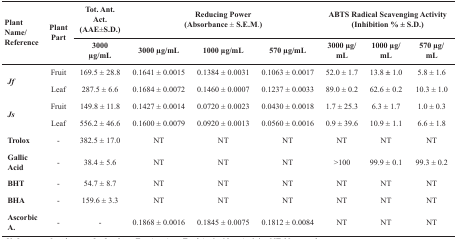
<table><thead><tr><td rowspan="2"><b>Plant Name/ Reference</b></td><td rowspan="2"><b>Plant Part</b></td><td><b>Tot. Ant. Act.(AAE ± S.D.)</b></td><td colspan="3"><b>Reducing Power(Absorbance ± S.E.M.)</b></td><td colspan="3"><b>ABTS Radical Scavenging Activity(Inhibition % ± S.D.)</b></td></tr><tr><td><b>3000 μg/mL</b></td><td><b>3000 μg/mL</b></td><td><b>1000 μg/mL</b></td><td><b>570 μg/mL</b></td><td><b>3000 μg/mL</b></td><td><b>1000 μg/mL</b></td><td><b>570 μg/mL</b></td></tr></thead><tbody><tr><td rowspan="2"><b><i>Jf</i></b></td><td>Fruit</td><td>169.5 ± 28.8</td><td>0.1641 ± 0.0015</td><td>0.1384 ± 0.0031</td><td>0.1063 ± 0.0017</td><td>52.0 ± 1.7</td><td>13.8 ± 1.0</td><td>5.8 ± 1.6</td></tr><tr><td>Leaf</td><td>287.5 ± 6.6</td><td>0.1684 ± 0.0072</td><td>0.1460 ± 0.0007</td><td>0.1237 ± 0.0033</td><td>89.0 ± 0.2</td><td>62.6 ± 0.2</td><td>10.3 ± 1.0</td></tr><tr><td rowspan="2"><b><i>Js</i></b></td><td>Fruit</td><td>149.8 ± 11.8</td><td>0.1427 ± 0.0014</td><td>0.0720 ± 0.0023</td><td>0.0430 ± 0.0018</td><td>25.3 ± 1.7</td><td>6.3 ± 1.7</td><td>1.0 ± 0.3</td></tr><tr><td>Leaf</td><td>556.2 ± 46.6</td><td>0.1600 ± 0.0079</td><td>0.0920 ± 0.0013</td><td>0.0560 ± 0.0016</td><td>39.6 ± 0.9</td><td>10.9 ± 1.1</td><td>6.6 ± 1.8</td></tr><tr><td><b>Trolox</b></td><td>-</td><td>382.5 ± 17.0</td><td>NT</td><td>NT</td><td>NT</td><td>NT</td><td>NT</td><td>NT</td></tr><tr><td><b>Gallic Acid</b></td><td>-</td><td>38.4 ± 5.6</td><td>NT</td><td>NT</td><td>NT</td><td>&gt;100</td><td>99.9 ± 0.1</td><td>99.3 ± 0.2</td></tr><tr><td><b>BHT</b></td><td>-</td><td>54.7 ± 8.7</td><td>NT</td><td>NT</td><td>NT</td><td>NT</td><td>NT</td><td>NT</td></tr><tr><td><b>BHA</b></td><td>-</td><td>159.6 ± 3.3</td><td>NT</td><td>NT</td><td>NT</td><td>NT</td><td>NT</td><td>NT</td></tr><tr><td><b>Ascorbic A.</b></td><td>-</td><td>-</td><td>0.1868 ± 0.0016</td><td>0.1845 ± 0.0075</td><td>0.1812 ± 0.0084</td><td>NT</td><td>NT</td><td>NT</td></tr></tbody></table>